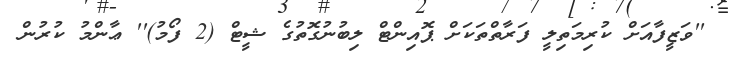
''ވަޒީފާއަށް ކުރިމަތިލީ ފަރާތްތަކަށް ޕޮއިންޓް ލިބުނުގޮތުގެ ޝީޓް (2 ފޯމު)'' ޢާންމު ކުރުން